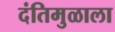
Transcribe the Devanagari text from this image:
दंतिमुळाला